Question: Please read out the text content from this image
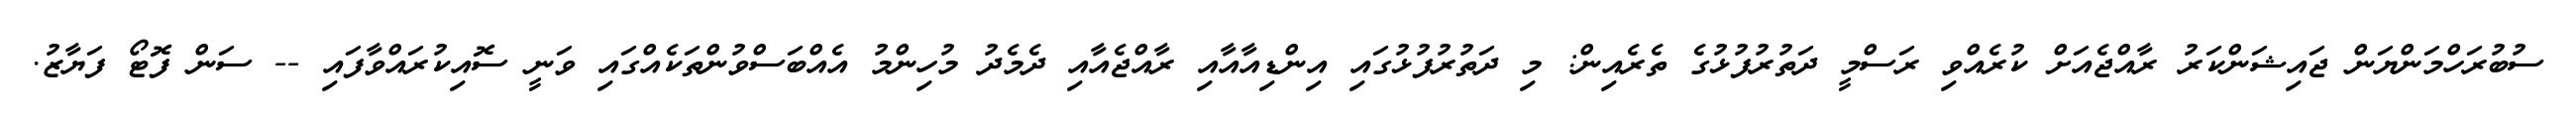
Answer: ސުބުރަހްމަންޔަން ޖައިޝަންކަރު ރާއްޖެއަށް ކުރެއްވި ރަސްމީ ދަތުރުފުޅުގެ ތެރެއިން: މި ދަތުރުފުޅުގައި އިންޑިއާއާއި ރާއްޖެއާއި ދެމެދު މުހިންމު އެއްބަސްވުންތަކެއްގައި ވަނީ ސޮއިކުރައްވާފައި -- ސަން ފޮޓޯ ފަޔާޒު.